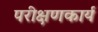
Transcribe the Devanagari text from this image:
परीक्षणकार्य